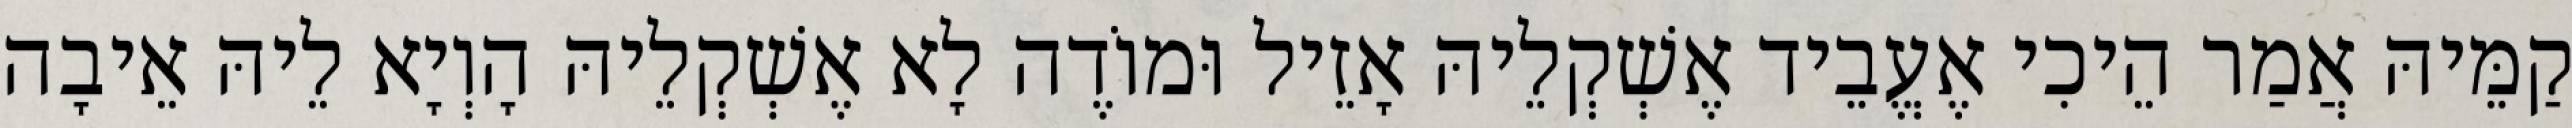
קַמֵּיהּ אֲמַר הֵיכִי אֶעֱבֵיד אֶשְׁקְלֵיהּ אָזֵיל וּמוֹדֶה לָא אֶשְׁקְלֵיהּ הָוְיָא לֵיהּ אֵיבָה